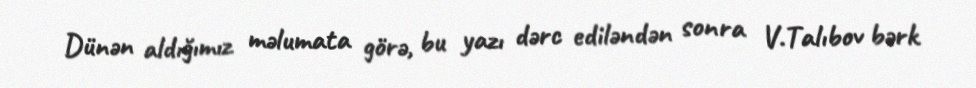
Dünən aldığımız məlumata görə, bu yazı dərc ediləndən sonra V.Talıbov bərk